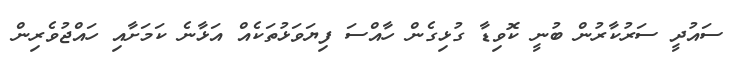
ސައުދީ ސަރުކާރުން ބުނީ ކޮވިޑާ ގުޅިގެން ހާއްސަ ފިޔަވަޅުތަކެއް އަޅާނެ ކަމަށާއި ހައްޖުވެރިން